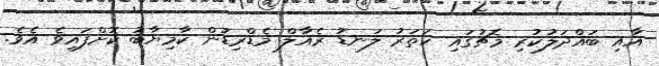
އާއި ބައްދަލުކުރި މެޗުގައި ހަތަރު ލަނޑު ރެއާލް މެޑްރިޑުން ކާމިޔާބު ކޮށްފައިވެ އެވެ.